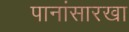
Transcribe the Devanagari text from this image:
पानांसारखा